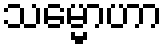
သမ္မောဟာ